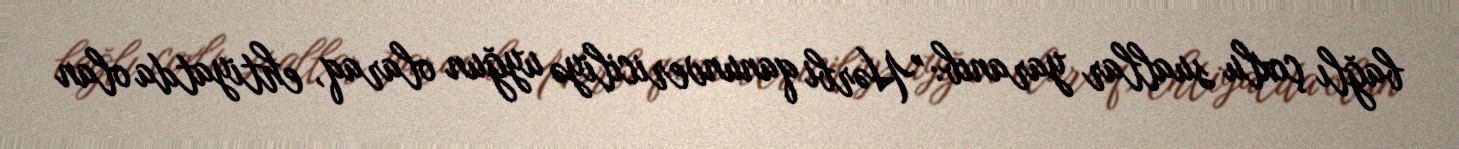
bağlı çoxlu suallar yaranıb: "Hərbi qanunvericiliyə uyğun olaraq, ehtiyatda olan